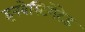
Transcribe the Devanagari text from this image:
इनवेस्टिगेटेड